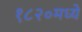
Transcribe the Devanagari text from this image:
१८२०मध्ये